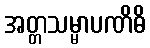
အတ္တသမ္မာပဏိဓိ